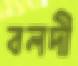
বলদী